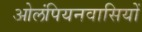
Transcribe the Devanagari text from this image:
ओलंपियनवासियों